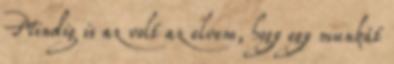
Mindig is az volt az elvem, hogy egy munkát